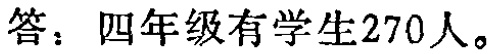
答：四年级有学生270人。